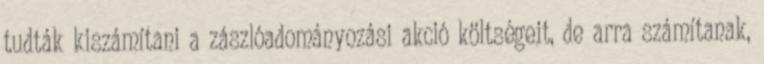
tudták kiszámítani a zászlóadományozási akció költségeit, de arra számítanak,